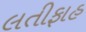
લતીફાહ